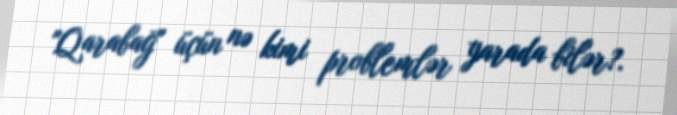
"Qarabağ" üçün nə kimi problemlər yarada bilər?.